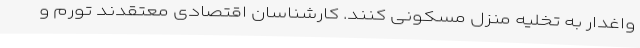
واغدار به تخلیه منزل مسکونی کنند. کارشناسان اقتصادی معتقدند تورم و